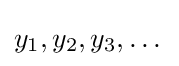
y_{1},y_{2},y_{3},\dots